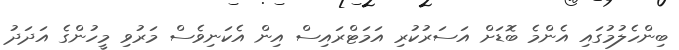
ބިންހެލުމުގައި އެންމެ ބޮޑަށް އަސަރުކުރި އަމަޓްރައިސް އިން އެކަނިވެސް މަރުވި މީހުންގެ އަދަދު